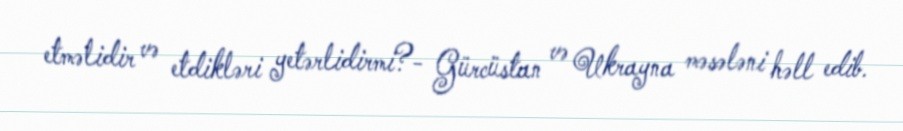
etməlidir və etdikləri yetərlidirmi?- Gürcüstan və Ukrayna məsələni həll edib.